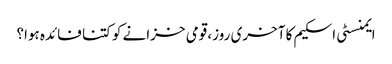
ایمنسٹی اسکیم کا آخری روز، قومی خزانے کو کتنا فائدہ ہوا؟